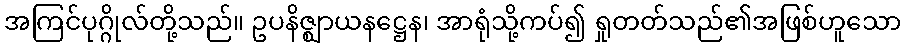
အကြင်ပုဂ္ဂိုလ်တို့သည်။ ဥပနိဇ္ဈာယနဋ္ဌေန၊ အာရုံသို့ကပ်၍ ရှုတတ်သည်၏အဖြစ်ဟူသော